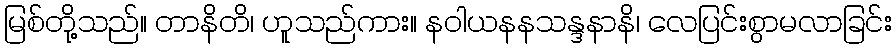
မြစ်တို့သည်။ တာနိတိ၊ ဟူသည်ကား။ နဝါယနနသန္ဒနာနိ၊ လေပြင်းစွာမလာခြင်း